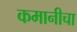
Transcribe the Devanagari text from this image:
कमानीचा